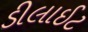
ડીલાઈટ